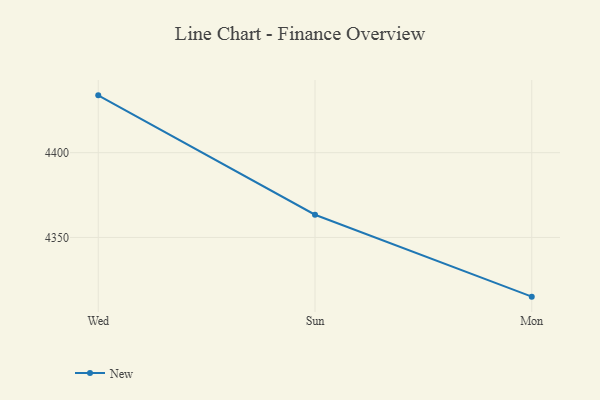
{"axis": {"x": "Day", "y": "Humidity (%)"}, "legend": ["New"], "data": [{"x": "Wed", "y": 4433.8, "type": "New"}, {"x": "Sun", "y": 4363.4, "type": "New"}, {"x": "Mon", "y": 4315.1, "type": "New"}]}